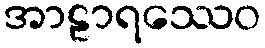
အာဠာရဿေဝ